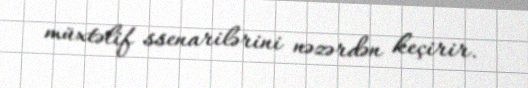
müxtəlif ssenarilərini nəzərdən keçirir.